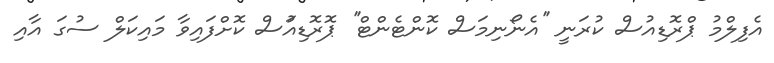
އެފިލްމު ޕްރޮޑިއުސް ކުރަނީ ''އެނޯނިމަސް ކޮންޓެންޓް'' ޕޮރޮޑިއުަސް ކޮށްފައިވާ މައިކަލް ސުގަ އާއި